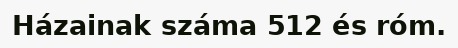
Házainak száma 512 és róm.